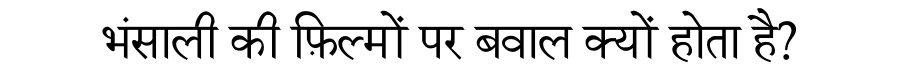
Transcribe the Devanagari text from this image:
भंसाली की फ़िल्मों पर बवाल क्यों होता है?